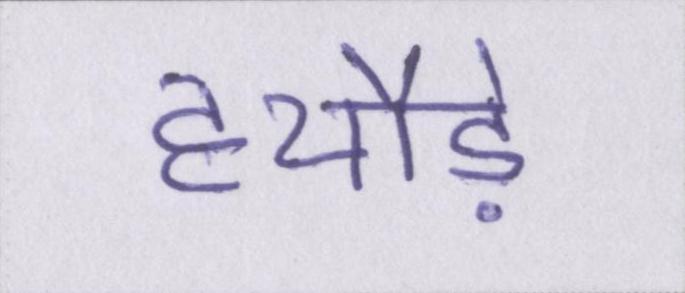
हथौड़े